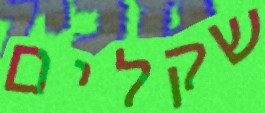
שקלים